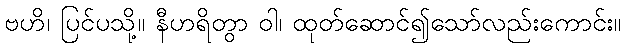
ဗဟိ၊ ပြင်ပသို့။ နီဟရိတွာ ဝါ၊ ထုတ်ဆောင်၍သော်လည်းကောင်း။